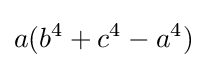
a(b^{4}+c^{4}-a^{4})